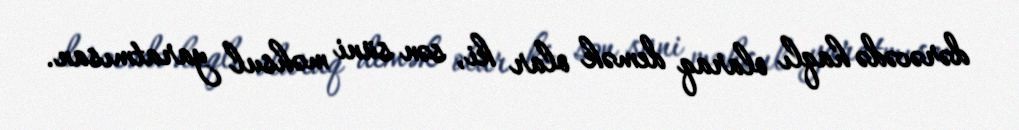
dərəcədə haqlı olaraq demək olar ki, sən süni məhsul yaratmısan.